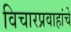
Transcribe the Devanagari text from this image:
विचारप्रवाहांचे